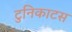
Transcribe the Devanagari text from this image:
टुनिकाटस